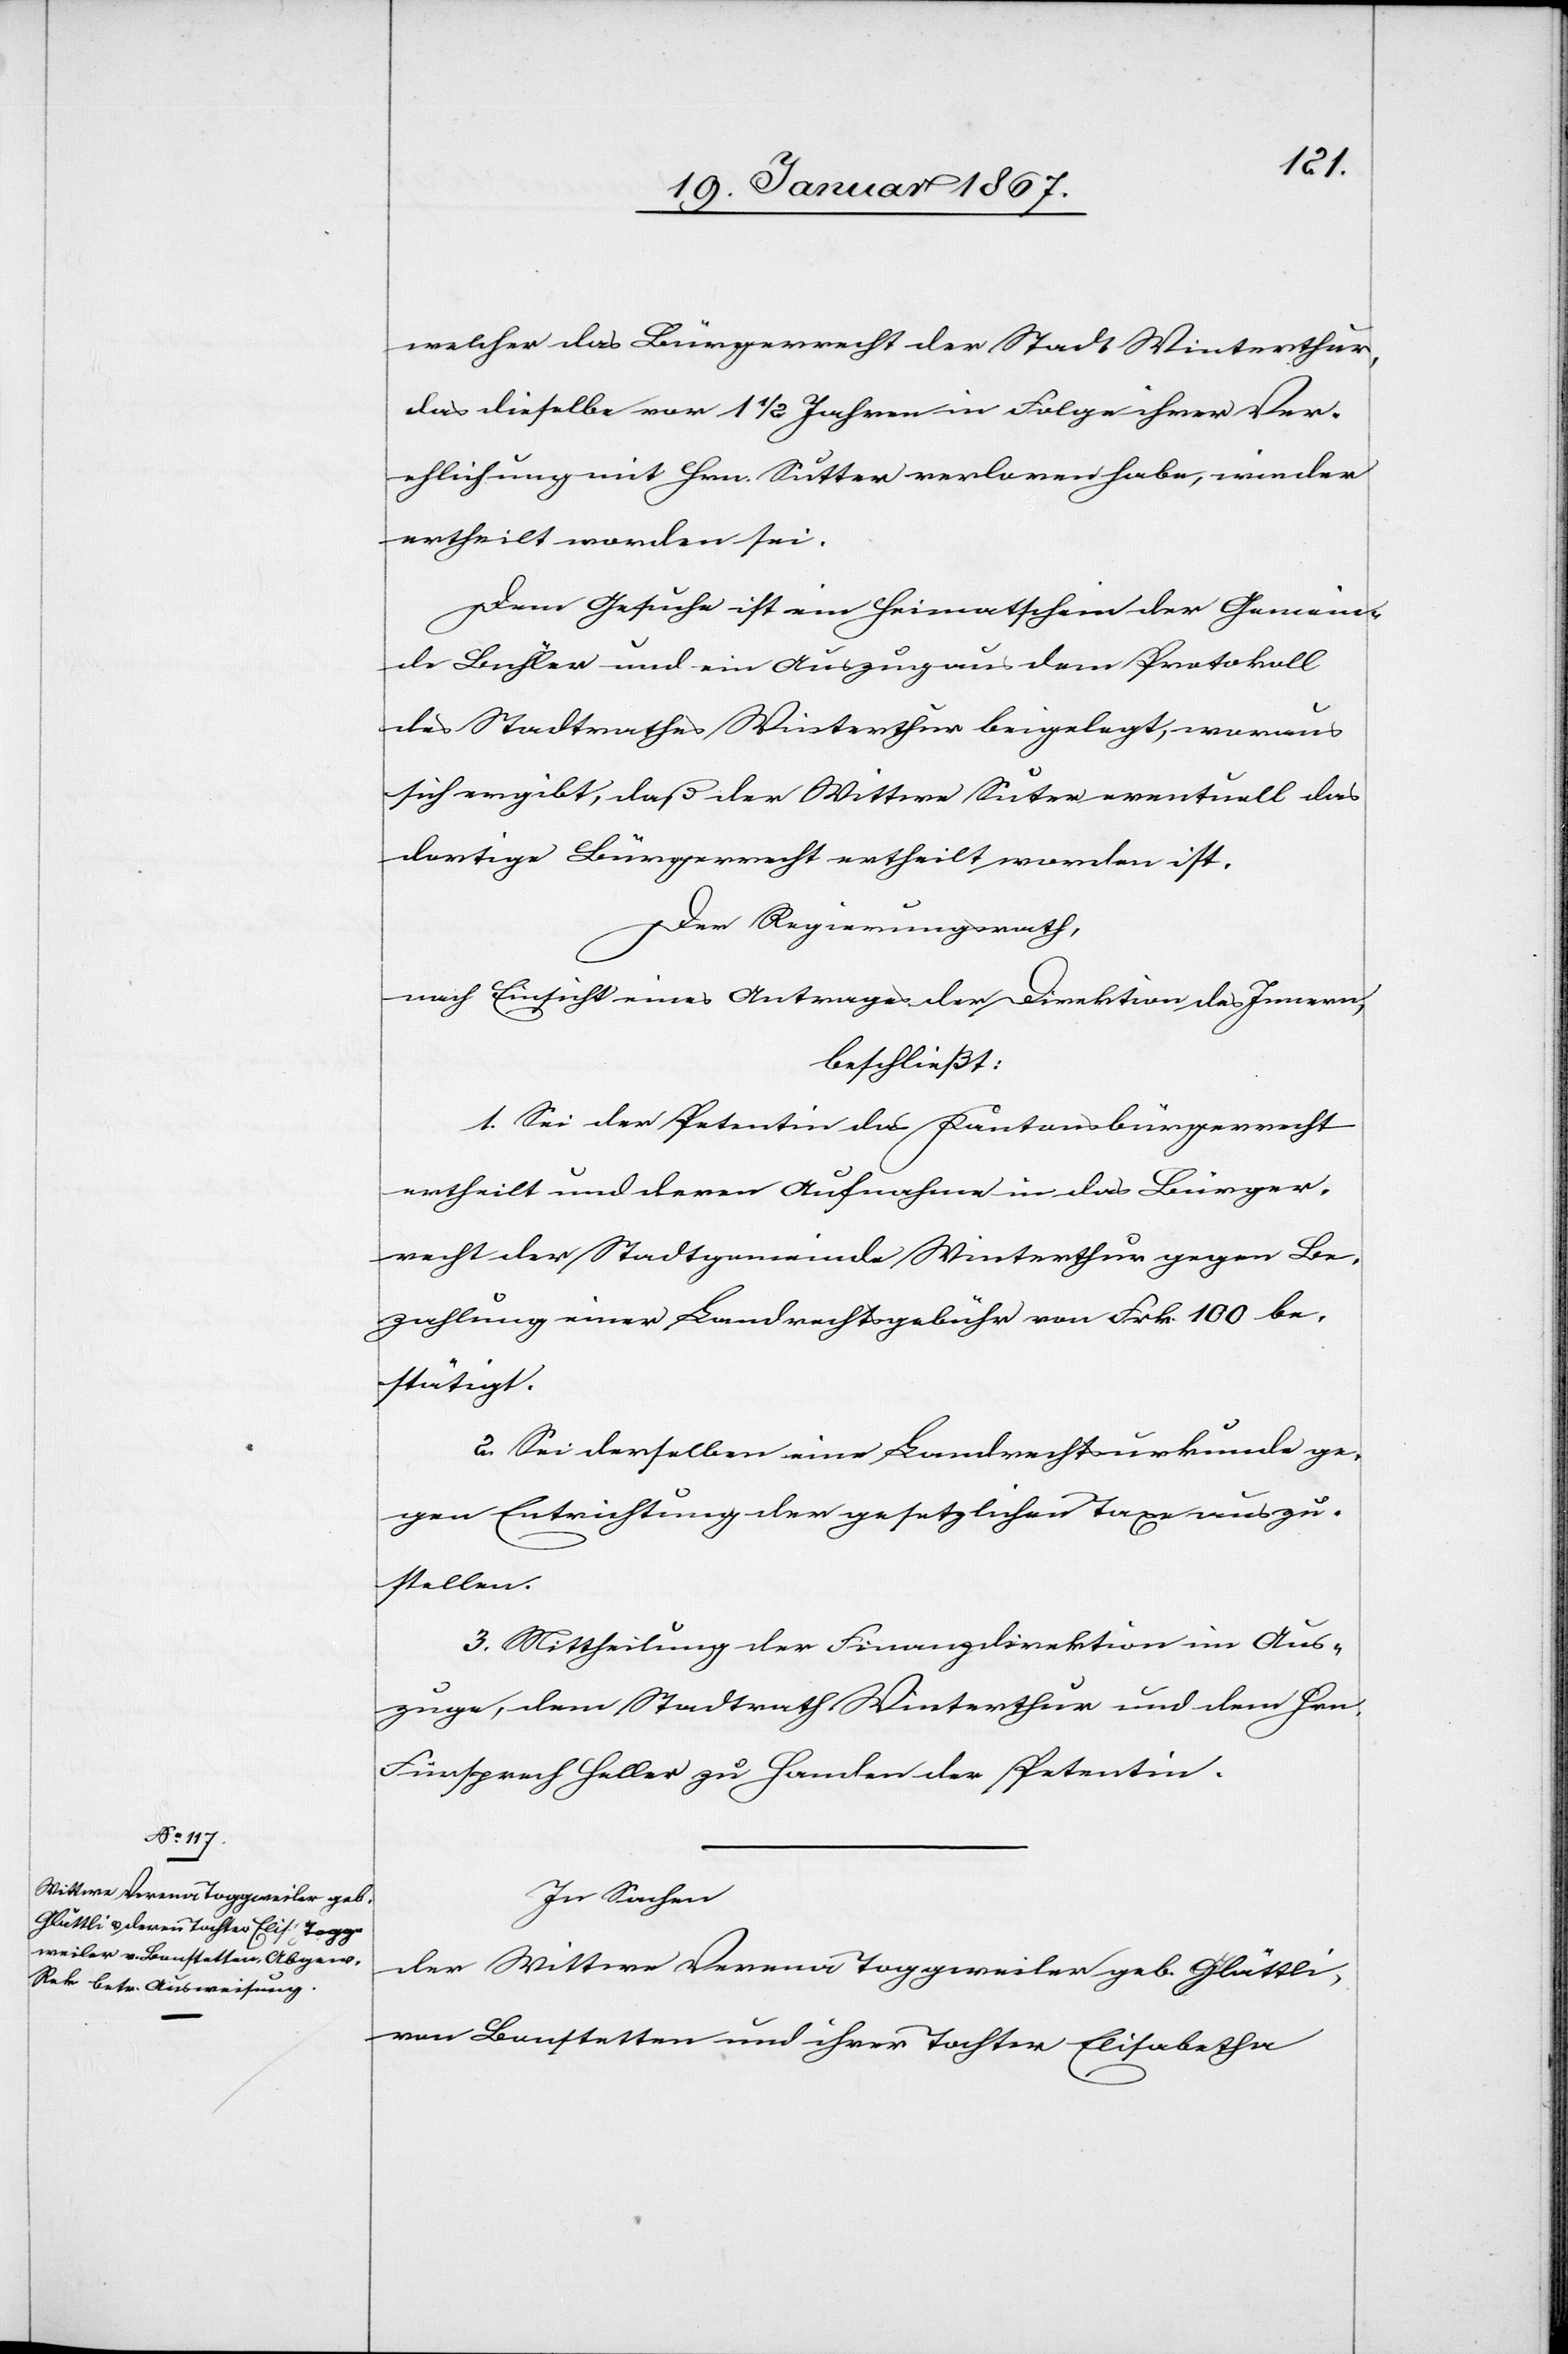
welcher das Bürgerrecht der Stadt Winterthur,
das dieselbe vor 1 1/2 Jahren in Folge ihrer Ver¬
ehlichung mit Hrn. Sutter verloren habe, wieder
ertheilt worden sei.
Dem Gesuche ist ein Heimatschein der Gemein¬
de Bühler und ein Auszug aus dem Protokoll
des Stadtrathes Winterthur beigelegt, woraus
sich ergibt, daß der Wittwe Sutter eventuell das
dortige Bürgerrecht ertheilt worden ist.
Der Regierungsrath,
nach Einsicht eines Antrages der Direktion des Innern,
beschließt:
1. Sei der Petentin das Kantonsbürgerrecht
ertheilt und deren Aufnahme in das Bürger¬
recht der Stadtgemeinde Winterthur gegen Be¬
zahlung einer Landrechtsgebühr von Frk. 100 be¬
stätigt.
2. Sei derselben eine Landrechtsurkunde ge¬
gen Entrichtung der gesetzlichen Taxe auszu¬
stellen.
3. Mittheilung der Finanzdirektion im Aus¬
zuge, dem Stadtrath Winterthur und dem Hrn.
Fürsprech Heller zu Handen der Petentin.
In Sachen
der Wittwe Verena Toggweiler geb. Glättli,
von Bonstetten und ihrer Tochter Elisabetha